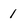
Character: 1